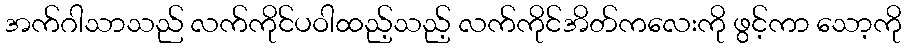
အက်ဂါသာသည် လက်ကိုင်ပဝါထည့်သည့် လက်ကိုင်အိတ်ကလေးကို ဖွင့်ကာ သော့ကို